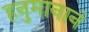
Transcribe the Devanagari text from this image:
हनुमानानं